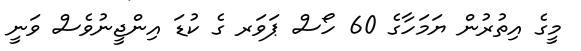
މީގެ އިތުރުން ޔަމަހާގެ 60 ހޯސް ޕަވަރ ގެ ކުޑަ އިންޖީނުވެސް ވަނީ